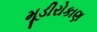
મૂડીરોકાણ